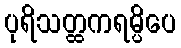
ပုရိသတ္ထကရမ္ပိပေ